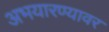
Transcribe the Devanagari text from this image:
अभयारण्यावर